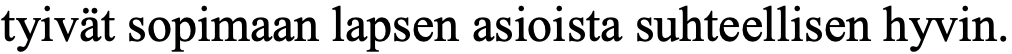
tyivät sopimaan lapsen asioista suhteellisen hyvin.